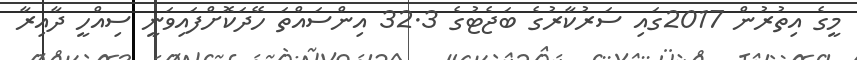
މީގެ އިތުރުން 2017ގައި ސަރުކާރުގެ ބަޖެޓުގެ 32.3 އިންސައްތަ ހޭދަކޮށްފައިވަނީ ސިއްހީ ދާއިރާ